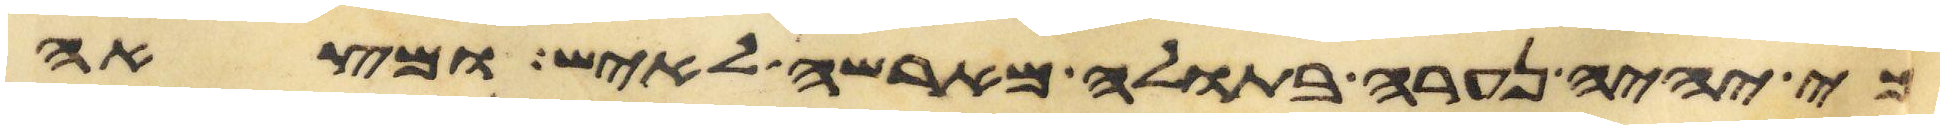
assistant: כי יהיה נערה בתולה מארשה לאיש ומצאה